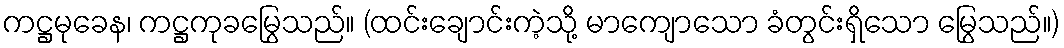
ကဋ္ဌမုခေန၊ ကဋ္ဌကုခမြွေသည်။ (ထင်းချောင်းကဲ့သို့ မာကျောသော ခံတွင်းရှိသော မြွေသည်။)